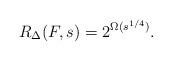
LaTeX: \begin{align*}R_\Delta(F,s) = 2^{\Omega(s^{1/4})}.\end{align*}